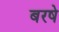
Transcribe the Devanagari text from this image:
बरषे